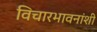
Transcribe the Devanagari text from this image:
विचारभावनांशी